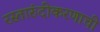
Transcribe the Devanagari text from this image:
रस्तारुंदीकरणाची